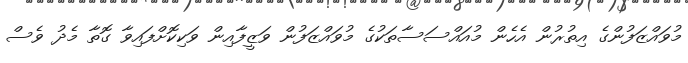
މުވައްޒަފުންގެ އިތުރުން އެހެން މުއައްސަސާތަކުގެ މުވައްޒަފުން ވަޒީފާއިން ވަކިކޮށްފައިވާ ގޮތާ މެދު ވެސް